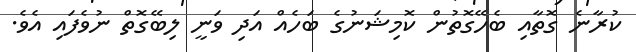
ކުރާނެ ގޮތާއި ބެހޭގޮތުން ކޮމިޝަނުގެ ބަހެއް އަދި ވަނީ ލިބޭގޮތް ނުވެފައި އެވެ.